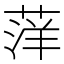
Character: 𫈭